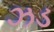
ઝડ